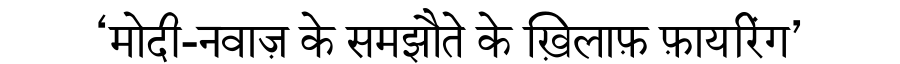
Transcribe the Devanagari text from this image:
‘मोदी-नवाज़ के समझौते के ख़िलाफ़ फ़ायरिंग’